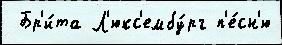
 Бр'и́та Л'юкс'ембу́рг п'е́сн'ю